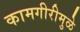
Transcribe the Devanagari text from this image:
कामगीरीमुळे